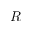
R